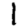
Digit: 1